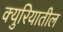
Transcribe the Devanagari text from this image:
क्युरियातील